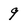
Character: 9